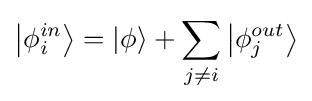
\left|{\phi _{i}^{in}}\right\rangle =\left|\phi \right\rangle +\sum \limits _{j\neq i}{\left|{\phi _{j}^{out}}\right\rangle }